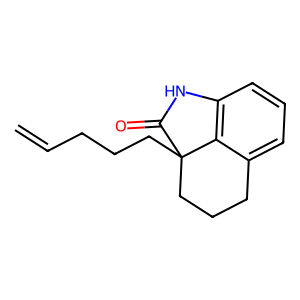
SMILES: C=CCCCC12CCCc3cccc(c31)NC2=O
Inhibits HIV replication: No